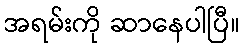
အရမ်းကို ဆာနေပါပြီ။